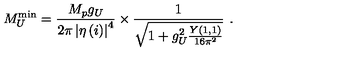
M _ { U } ^ { \scriptstyle \mathrm { m i n } } = \frac { M _ { p } g _ { U } } { { 2 \pi } \left| \eta \left( i \right) \right| ^ { 4 } } \times \frac { 1 } { \sqrt { 1 + g _ { U } ^ { 2 } \frac { Y ( 1 , 1 ) } { 1 6 \pi ^ { 2 } } } } \ .